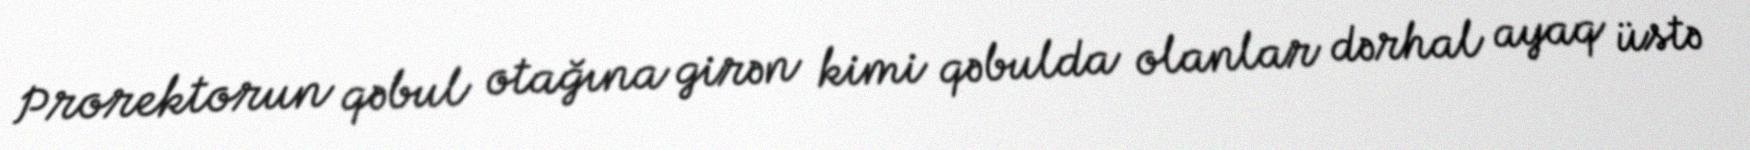
Prorektorun qəbul otağına girən kimi qəbulda olanlar dərhal ayaq üstə